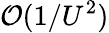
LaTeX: \mathcal{O}(1/U^{2})